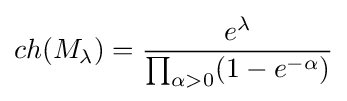
ch(M_{\lambda })={\frac {e^{\lambda }}{\prod _{\alpha >0}(1-e^{-\alpha })}}